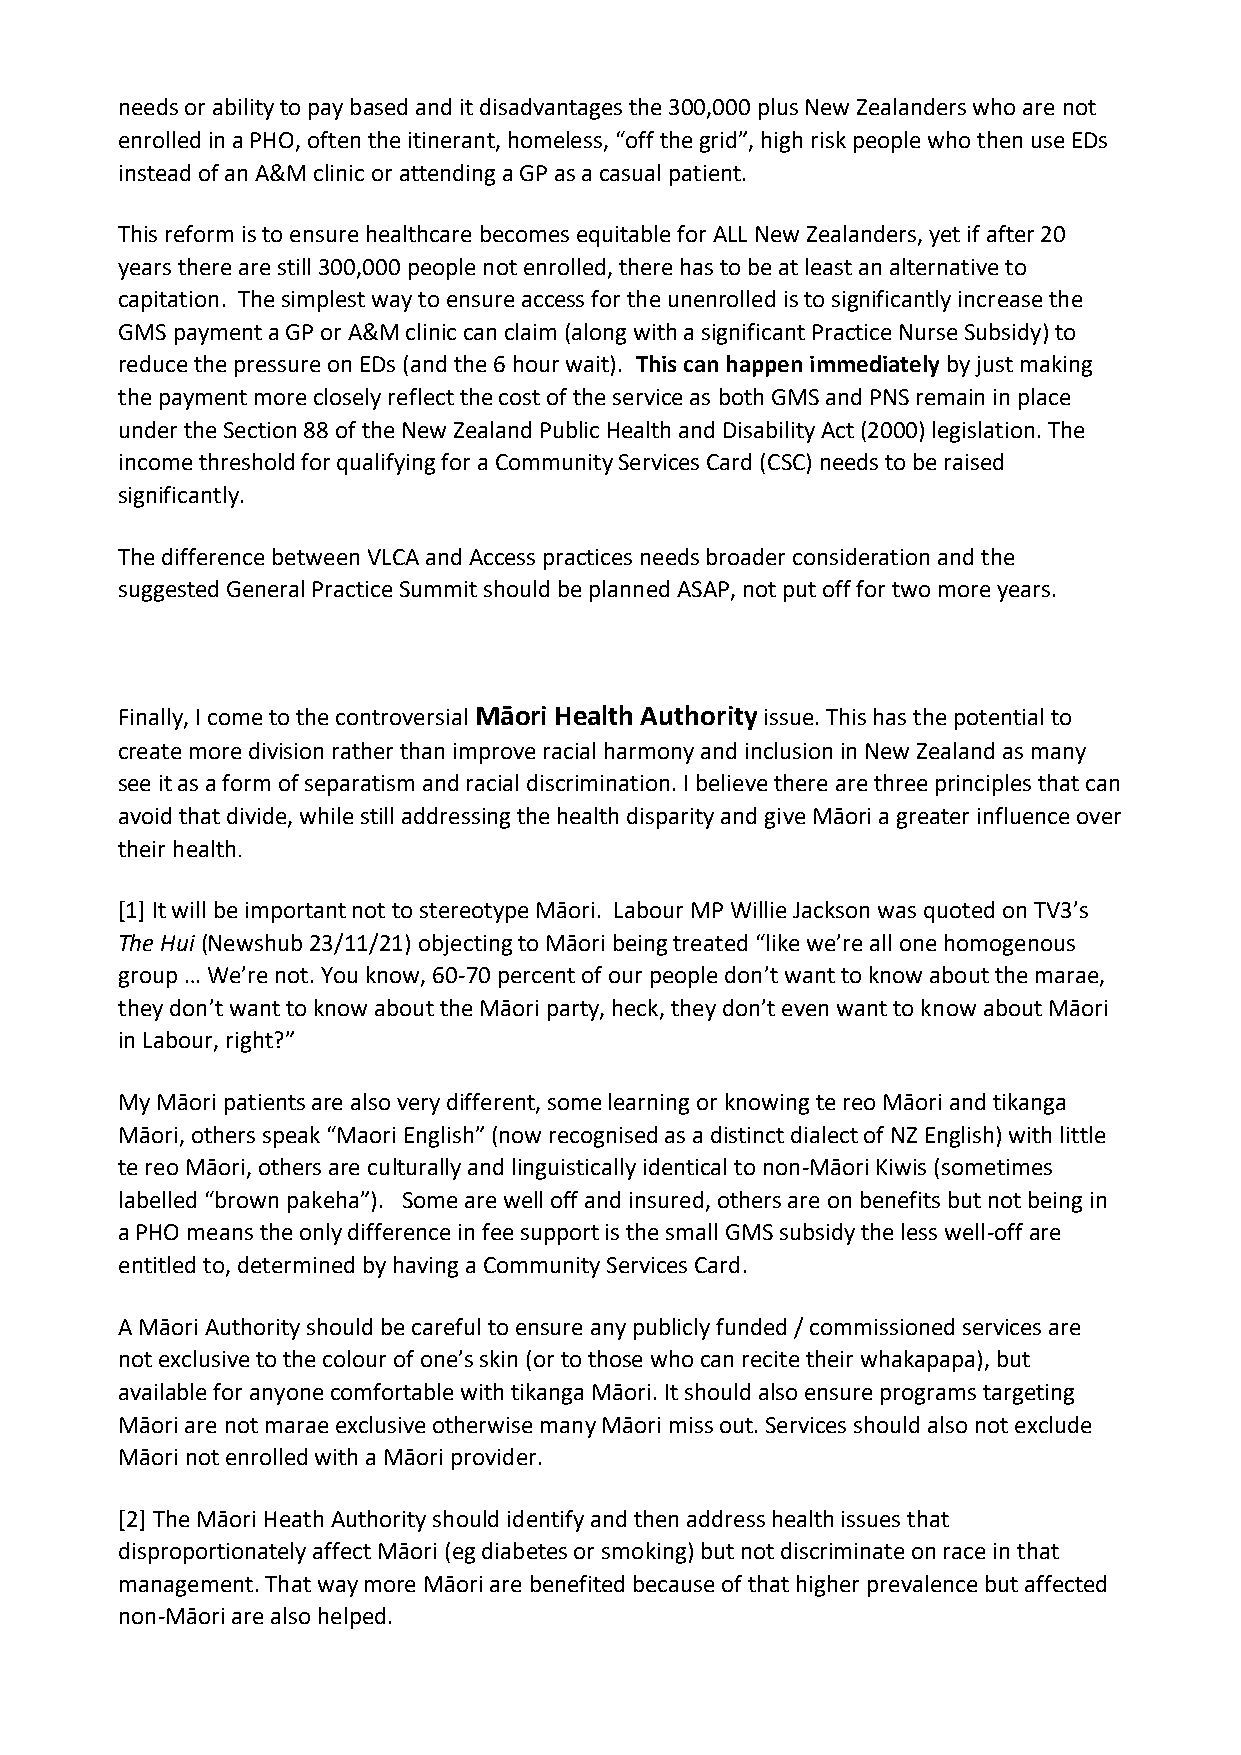
needs or ability to pay based and it disadvantages the 300,000 plus New Zealanders who are not
 enrolled in a PHO, often the itinerant, homeless, “off the grid”, high risk people who then use EDs
 instead of an A&M clinic or attending a GP as a casual patient.
 This reform is to ensure healthcare becomes equitable for ALL New Zealanders, yet if after 20
 years there are still 300,000 people not enrolled, there has to be at least an alternative to
 capitation. The simplest way to ensure access for the unenrolled is to significantly increase the
 GMS payment a GP or A&M clinic can claim (along with a significant Practice Nurse Subsidy) to
 reduce the pressure on EDs (and the 6 hour wait). This can happen immediately by just making
 the payment more closely reflect the cost of the service as both GMS and PNS remain in place
 under the Section 88 of the New Zealand Public Health and Disability Act (2000) legislation. The
 income threshold for qualifying for a Community Services Card (CSC) needs to be raised
 significantly.
 The difference between VLCA and Access practices needs broader consideration and the
 suggested General Practice Summit should be planned ASAP, not put off for two more years.
 Finally, I come to the controversial Māori Health Authority issue. This has the potential to
 create more division rather than improve racial harmony and inclusion in New Zealand as many
 see it as a form of separatism and racial discrimination. I believe there are three principles that can
 avoid that divide, while still addressing the health disparity and give Māori a greater influence over
 their health.
 [1] It will be important not to stereotype Māori. Labour MP Willie Jackson was quoted on TV3’s
 The Hui (Newshub 23/11/21) objecting to Māori being treated “like we’re all one homogenous
 group … We’re not. You know, 60-70 percent of our people don’t want to know about the marae,
 they don’t want to know about the Māori party, heck, they don’t even want to know about Māori
 in Labour, right?”
 My Māori patients are also very different, some learning or knowing te reo Māori and tikanga
 Māori, others speak “Maori English” (now recognised as a distinct dialect of NZ English) with little
 te reo Māori, others are culturally and linguistically identical to non-Māori Kiwis (sometimes
 labelled “brown pakeha”). Some are well off and insured, others are on benefits but not being in
 a PHO means the only difference in fee support is the small GMS subsidy the less well-off are
 entitled to, determined by having a Community Services Card.
 A Māori Authority should be careful to ensure any publicly funded / commissioned services are
 not exclusive to the colour of one’s skin (or to those who can recite their whakapapa), but
 available for anyone comfortable with tikanga Māori. It should also ensure programs targeting
 Māori are not marae exclusive otherwise many Māori miss out. Services should also not exclude
 Māori not enrolled with a Māori provider.
 [2] The Māori Heath Authority should identify and then address health issues that
 disproportionately affect Māori (eg diabetes or smoking) but not discriminate on race in that
 management. That way more Māori are benefited because of that higher prevalence but affected
 non-Māori are also helped.